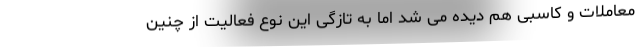
معاملات و کاسبی هم دیده می شد اما به تازگی این نوع فعالیت از چنین